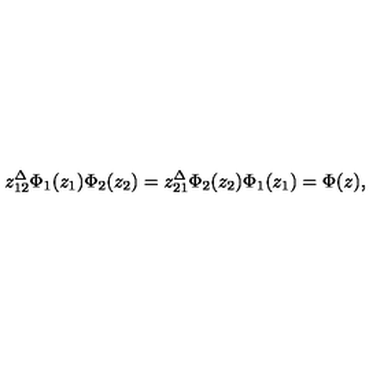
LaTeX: z _ { 1 2 } ^ { \Delta } { \Phi _ { 1 } ( z _ { 1 } ) } { \Phi _ { 2 } ( z _ { 2 } ) } = z _ { 2 1 } ^ { \Delta } { \Phi _ { 2 } ( z _ { 2 } ) } { \Phi _ { 1 } ( z _ { 1 } ) } = \Phi ( z ) ,